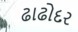
ઢાઢોદર